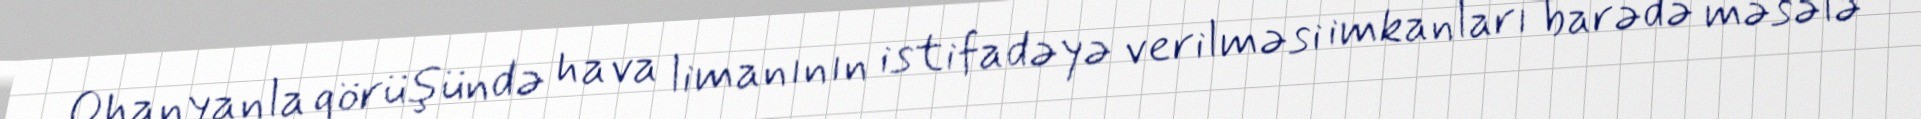
Ohanyanla görüşündə hava limanının istifadəyə verilməsi imkanları barədə məsələ